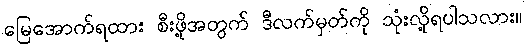
မြေအောက်ရထား စီးဖို့အတွက် ဒီလက်မှတ်ကို သုံးလို့ရပါသလား။